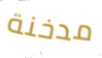
مدخنة